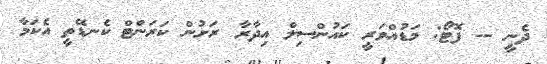
ދެނީ -- ފޮޓޯ: މަޑުއްވަރީ ކައުންސިލް އިދާރާ ރަށުން ކަރަންޓް ކެނޑޭތީ އެކަމާ